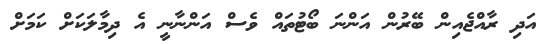
އަދި ރާއްޖެއިން ބޭރުން އަންނަ ބޯޓުތައް ވެސް އަންނާނީ އެ ދިމާލަކަށް ކަމަށް